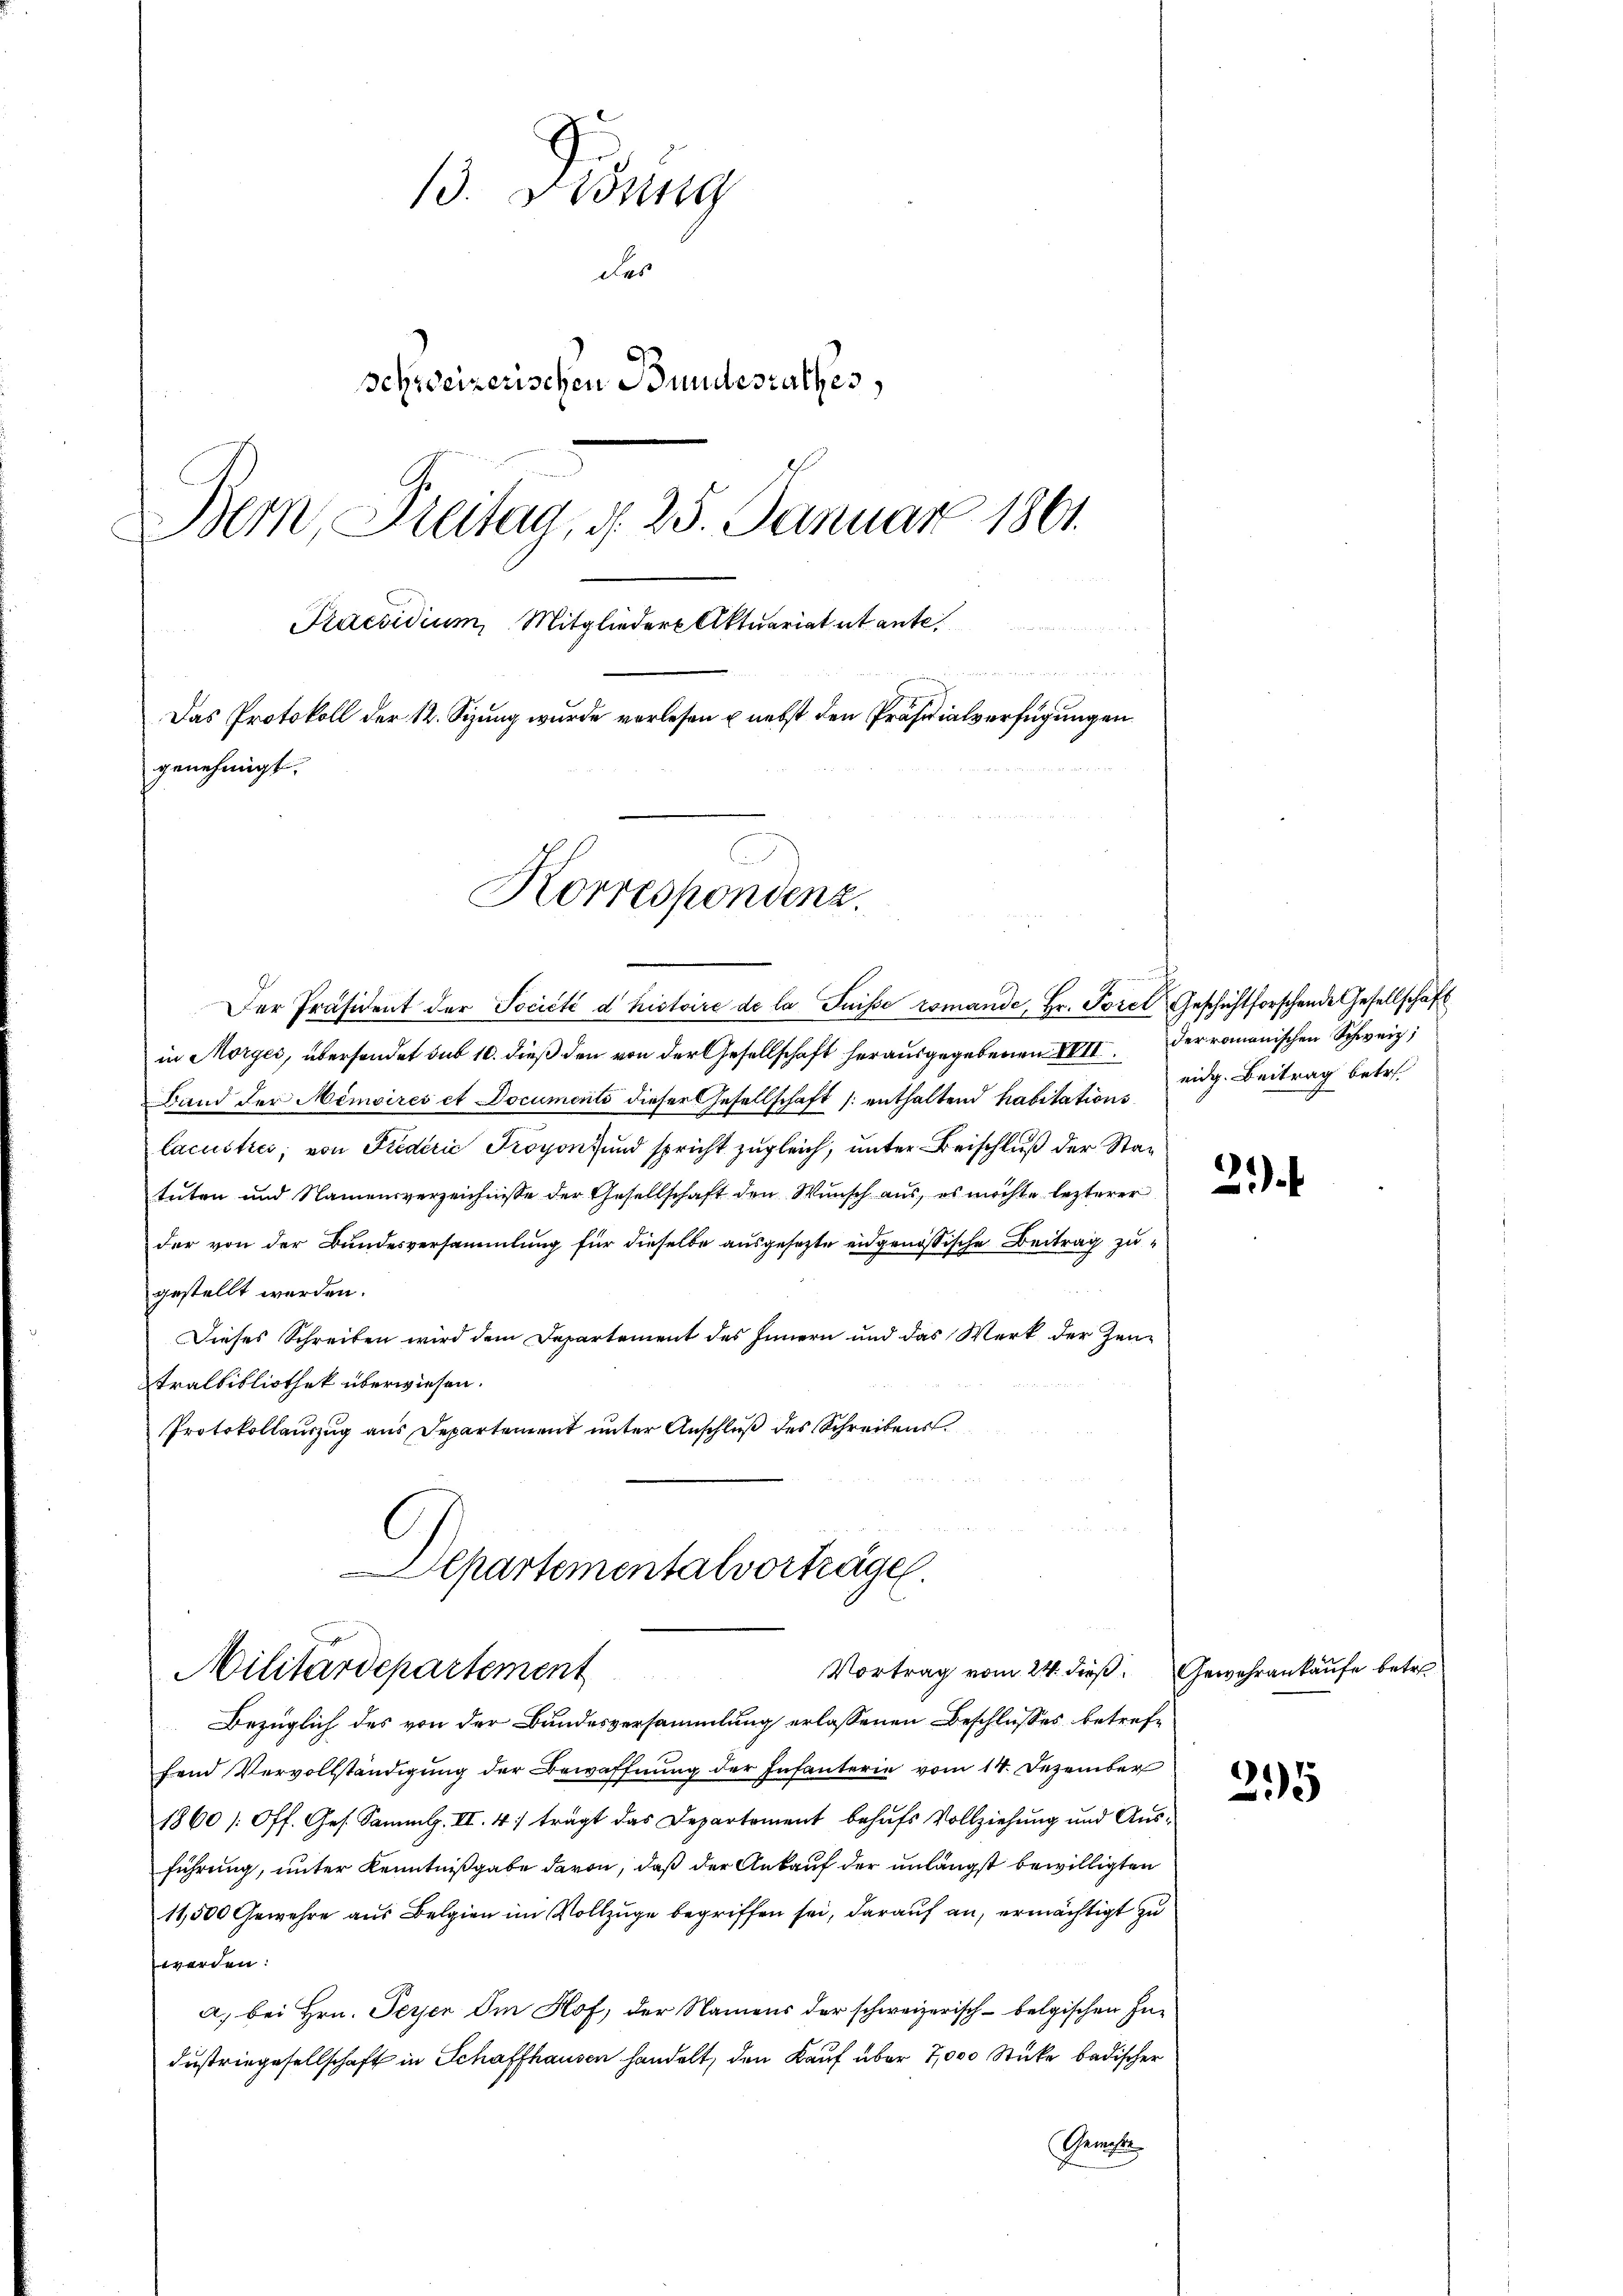
13. Disung
des
schweizerischen Bundesrathes,
Bern, Freitag, d. 25. Januar 1861.
Praesidium Mitglieder Aktuariat et ante.

Das Protokoll der 12. Sizung wurde vorlesen u. nebst den Präsidialverfügungen
genehmigt.
Korrespondenz.

Der Präsident der Société d'histoire de la Suisse romande, Hr. Porel Geschichtforschende Gesellschaft
in Morges, übersendet sub 10. dieß den von der Gesellschaft herausgegebenen XVII
Band der Memoires et Documents dieser Gesellschaft (: enthaltend habitationslacuitici, von Fredérić Froyon und spricht zugleich, unter Beischluß der Statuten und Namensverzeichnisse der Gesellschaft den Wunsch aus, es möchte lezterer
der von der Bundesversammlung für dieselbe ausgesetzte eidgenössische Beitrag zugestellt werden.
Dieses Schreiben wird dem Departement des Innern und das Werk der Zeutralbibliothek überwiesen.
Protokollauszug aus Departement unter Anschluß des Schreibens
Departementalverhägel.
Vortrag vom 24. dieß. Gewehrankaufe betre
Militärdepartement
Bezüglich des von der Bundesversammlung erlassenen Beschlusses betreffend Vervollständigung der Bewaffnung der Infanterie vom 14. Dezember
1860 /: Off. Ges. Sammlg. II. 4: trägt das Departement behufs Vollziehung und Ausführung, unter Kenntnißgabe davon, daß der Ankauf der unlängst bewilligten
11,500 Gewehre aus Belgien im Vollzüge begriffen sei, darauf an, ermächtigt zu
werden:
a. bei Hrn. Peyer Im Hof, der Namens der schweizerisch-belgischen Industriegesellschaft in Schaffhausen handelt, den Kauf über 7,000 Stücke badischer
Gerichte

der romanischen Schweiz,
eidg. Beitrag betr.

2

295